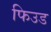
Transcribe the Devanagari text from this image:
फिउड